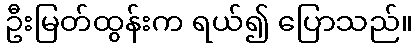
ဦးမြတ်ထွန်းက ရယ်၍ ပြောသည်။